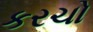
કરચો